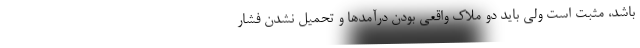
باشد، مثبت است ولی باید دو ملاک واقعی بودن درآمدها و تحمیل نشدن فشار